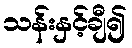
သန်းနှင့်ချီ၍